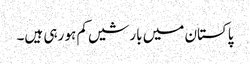
پاکستان میں بارشیں کم ہو رہی ہیں۔